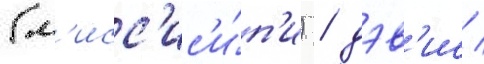
(м'исс'ис'и́п'и) / дэв'ис /